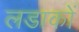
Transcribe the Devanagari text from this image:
लडाकों